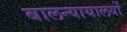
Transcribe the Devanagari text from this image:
बालन्यायालयों